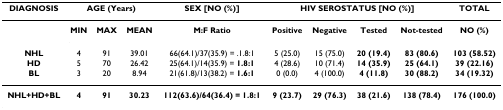
<table><thead><tr><td><b>DIAGNOSIS</b></td><td colspan="3"><b>AGE (Years)</b></td><td><b>SEX [NO (%)]</b></td><td colspan="4"><b>HIV SEROSTATUS [NO (%)]</b></td><td><b>TOTAL</b></td></tr></thead><tbody><tr><td>[EMPTY_CELL]</td><td><b>MIN</b></td><td><b>MAX</b></td><td><b>MEAN</b></td><td><b>M:F Ratio</b></td><td><b>Positive</b></td><td><b>Negative</b></td><td><b>Tested</b></td><td><b>Not-tested</b></td><td><b>NO (%)</b></td></tr><tr><td><b>NHL</b></td><td>4</td><td>91</td><td>39.01</td><td>66(64.1)/37(35.9) = .1.8:1</td><td>5 (25.0)</td><td>15 (75.0)</td><td><b>20 (19.4)</b></td><td><b>83 (80.6)</b></td><td><b>103 (58.52)</b></td></tr><tr><td><b>HD</b></td><td>5</td><td>70</td><td>26.42</td><td>25(64.1)/14(35.9) = <b>1.8:1</b></td><td>4 (28.6)</td><td>10 (71.4)</td><td><b>14 (35.9)</b></td><td><b>25 (64.1)</b></td><td><b>39 (22.16)</b></td></tr><tr><td><b>BL</b></td><td>3</td><td>20</td><td>8.94</td><td>21(61.8)/13(38.2) = <b>1.6:1</b></td><td>0 (0.0)</td><td>4 (100.0)</td><td><b>4 (11.8)</b></td><td><b>30 (88.2)</b></td><td><b>34 (19.32)</b></td></tr><tr><td><b>NHL+HD+BL</b></td><td><b>4</b></td><td><b>91</b></td><td><b>30.23</b></td><td><b>112(63.6)/64(36.4) = 1.8:1</b></td><td><b>9 (23.7)</b></td><td><b>29 (76.3)</b></td><td><b>38 (21.6)</b></td><td><b>138 (78.4)</b></td><td><b>176 (100.0)</b></td></tr></tbody></table>